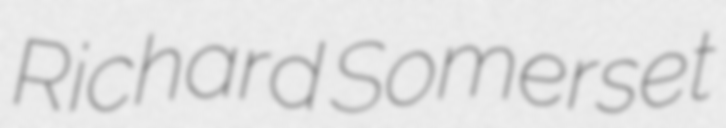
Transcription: Richard Somerset